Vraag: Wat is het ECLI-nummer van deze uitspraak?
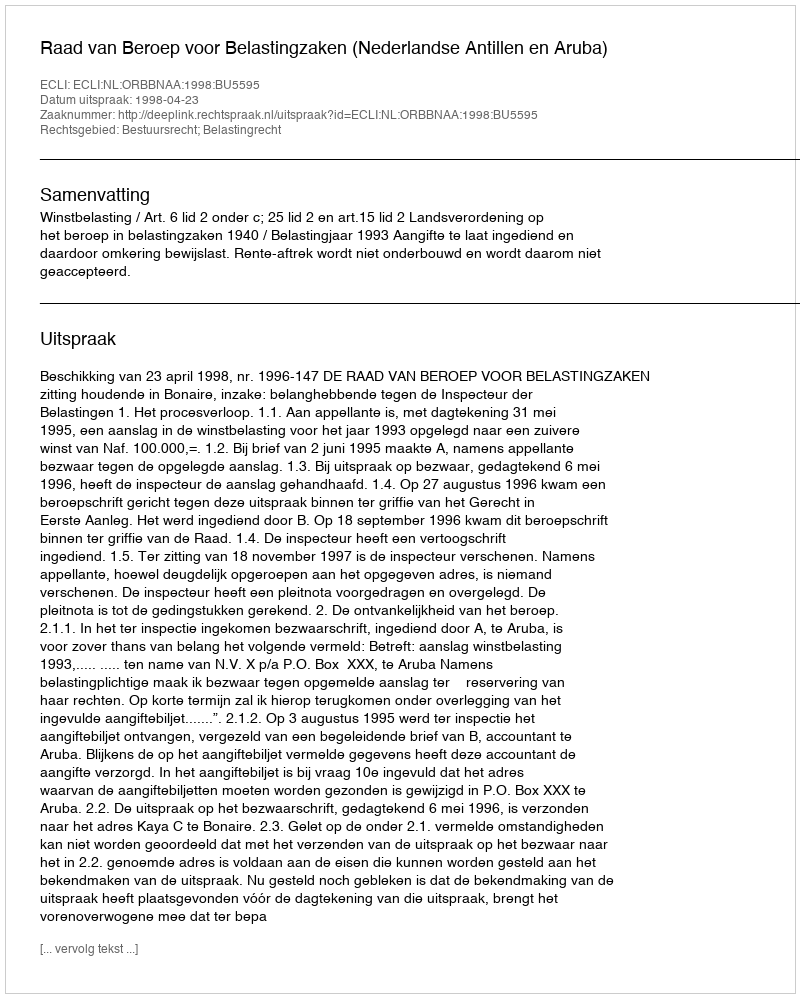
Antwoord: ECLI:NL:ORBBNAA:1998:BU5595